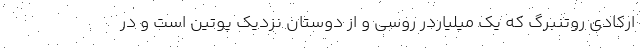
ارکادی روتنبرگ که یک میلیاردر روسی و از دوستان نزدیک پوتین است و در